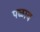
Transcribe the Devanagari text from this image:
पळाव